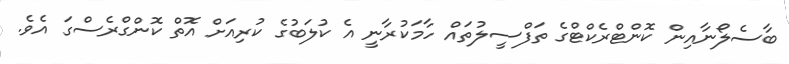
ބާސެލޯނާއިން ކޮންޓްރެކްޓްގެ ތަފްސީލުތައް ހާމަކުރާނީ އެ ކުލަބުގެ ކުރިއަށް އޮތް ކޮންގްރެސްގަ އެވެ.